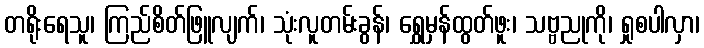
တရိုးရေသူ၊ ကြည်စိတ်ဖြူလျက်၊ သုံးလူတမ်းခွန်၊ ရွှေမှန်ထွတ်ဖူး၊ သဗ္ဗညုကို၊ ရှုစပါလှာ၊